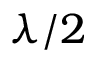
\lambda / 2